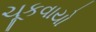
ચૂકવાયો